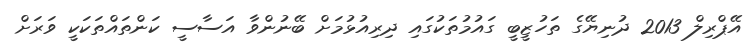
އޭޕްރިލް 2013 ދުނިޔޭގެ ތަހުޒީބީ ގައުމުތަކުގައި ދިރިއުޅުމަށް ބޭނުންވާ އަސާސީ ކަންތައްތަކަކީ ވަރަށް